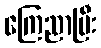
ကြေညာပြီး